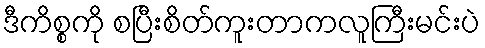
ဒီကိစ္စကို စပြီးစိတ်ကူးတာကလူကြီးမင်းပဲ